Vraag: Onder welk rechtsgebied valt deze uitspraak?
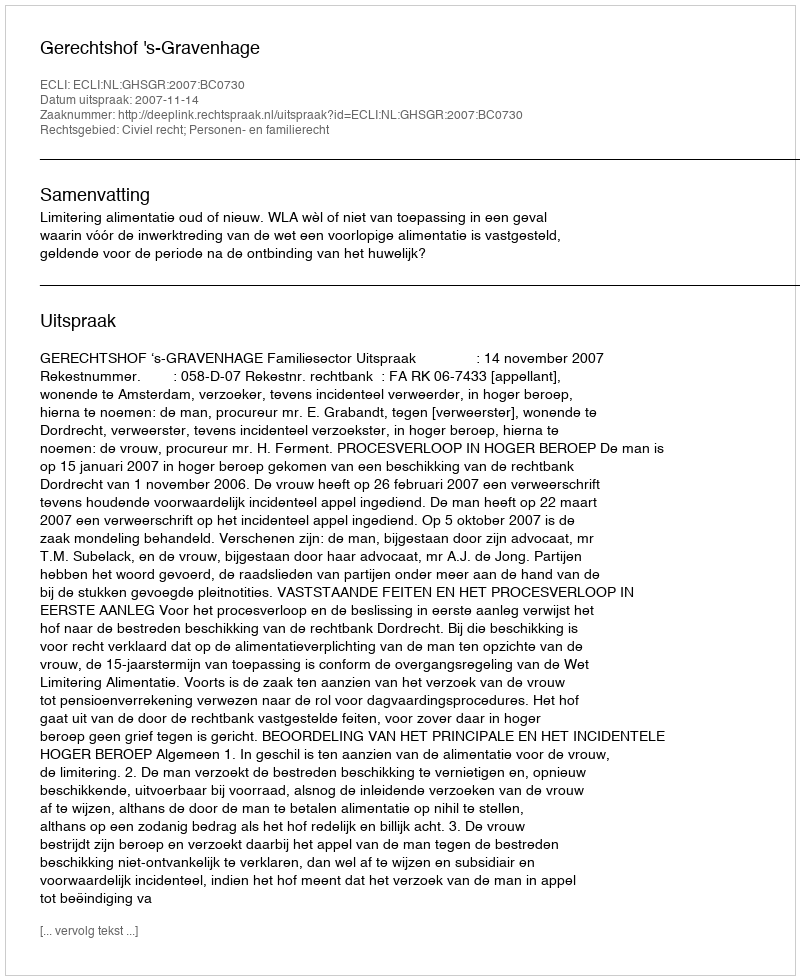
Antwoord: Civiel recht; Personen- en familierecht